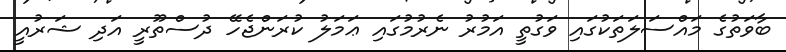
ބާވަތުގެ މައްސަލަތަކުގައި ވަގުތީ އަމުރު ނެރުމުގައި ޢަމަލު ކުރަންޖެހޭ ދުސްތޫރީ އަދި ޝަރުއީ